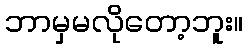
ဘာမှမလိုတော့ဘူး။